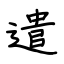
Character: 遣